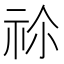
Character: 𥙄